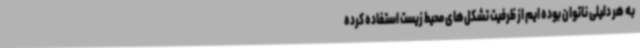
به هر دلیلی ناتوان بوده ایم از ظرفیت تشکل‌های محیط زیست استفاده کرده